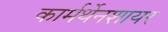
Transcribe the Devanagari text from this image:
कार्मर्थेनशायर